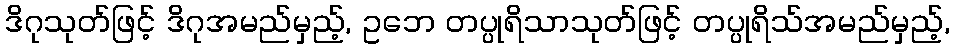
ဒိဂုသုတ်ဖြင့် ဒိဂုအမည်မှည့်, ဥဘေ တပ္ပုရိသာသုတ်ဖြင့် တပ္ပုရိသ်အမည်မှည့်,